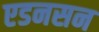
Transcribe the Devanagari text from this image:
एडनसन